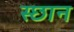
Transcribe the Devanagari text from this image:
स्छान